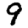
Digit: 9